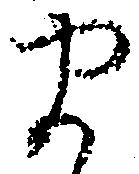
ま